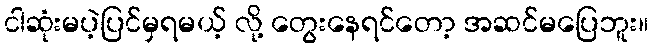
ငါဆုံးမပဲ့ပြင်မှရမယ့် လို့ တွေးနေရင်တော့ အဆင်မပြေဘူး။